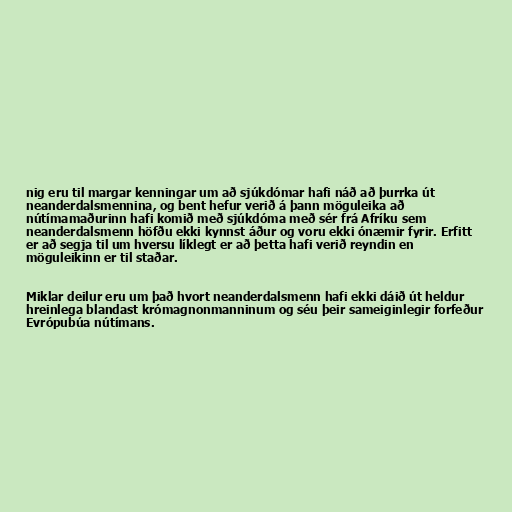
nig eru til margar kenningar um að sjúkdómar hafi náð að þurrka út
neanderdalsmennina, og bent hefur verið á þann möguleika að
nútímamaðurinn hafi komið með sjúkdóma með sér frá Afríku sem
neanderdalsmenn höfðu ekki kynnst áður og voru ekki ónæmir fyrir. Erfitt
er að segja til um hversu líklegt er að þetta hafi verið reyndin en
möguleikinn er til staðar.

Miklar deilur eru um það hvort neanderdalsmenn hafi ekki dáið út heldur
hreinlega blandast krómagnonmanninum og séu þeir sameiginlegir forfeður
Evrópubúa nútímans.